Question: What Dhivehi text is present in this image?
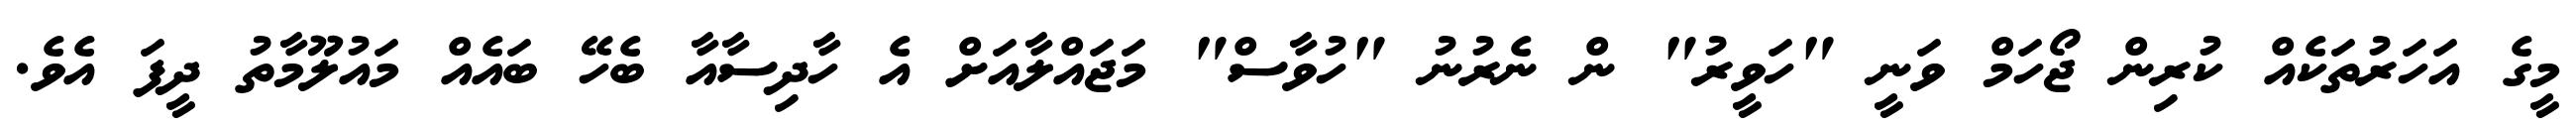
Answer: މީގެ އަހަރުތަކެއް ކުރިން ޖޯހަމް ވަނީ "ހަވީރު" ން ނެރުނު "ހުވާސް" މަޖައްލާއަށް އެ ހާދިސާއާ ބެހޭ ބައެއް މައުލޫމާތު ދީފަ އެވެ.